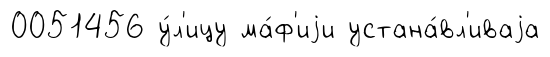
0051456 у́л'ицу ма́ф'иjи устана́вл'иваjа